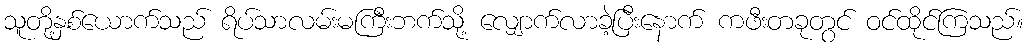
သူတို့နှစ်ယောက်သည် ရိပ်သာလမ်းမကြီးဘက်သို့ လျှောက်လာခဲ့ပြီးနောက် ကဖီးတခုတွင် ဝင်ထိုင်ကြသည်။